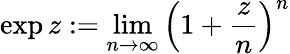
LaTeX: \exp z:=\operatorname*{lim}_{n\to\infty}\left(1+{\frac{z}{n}}\right)^{n}